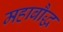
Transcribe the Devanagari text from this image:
महाबौद्ध